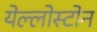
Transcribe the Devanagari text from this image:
येल्लोस्टोन